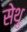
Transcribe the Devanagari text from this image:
सेथु